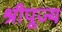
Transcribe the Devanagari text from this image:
श्रीपूज्य